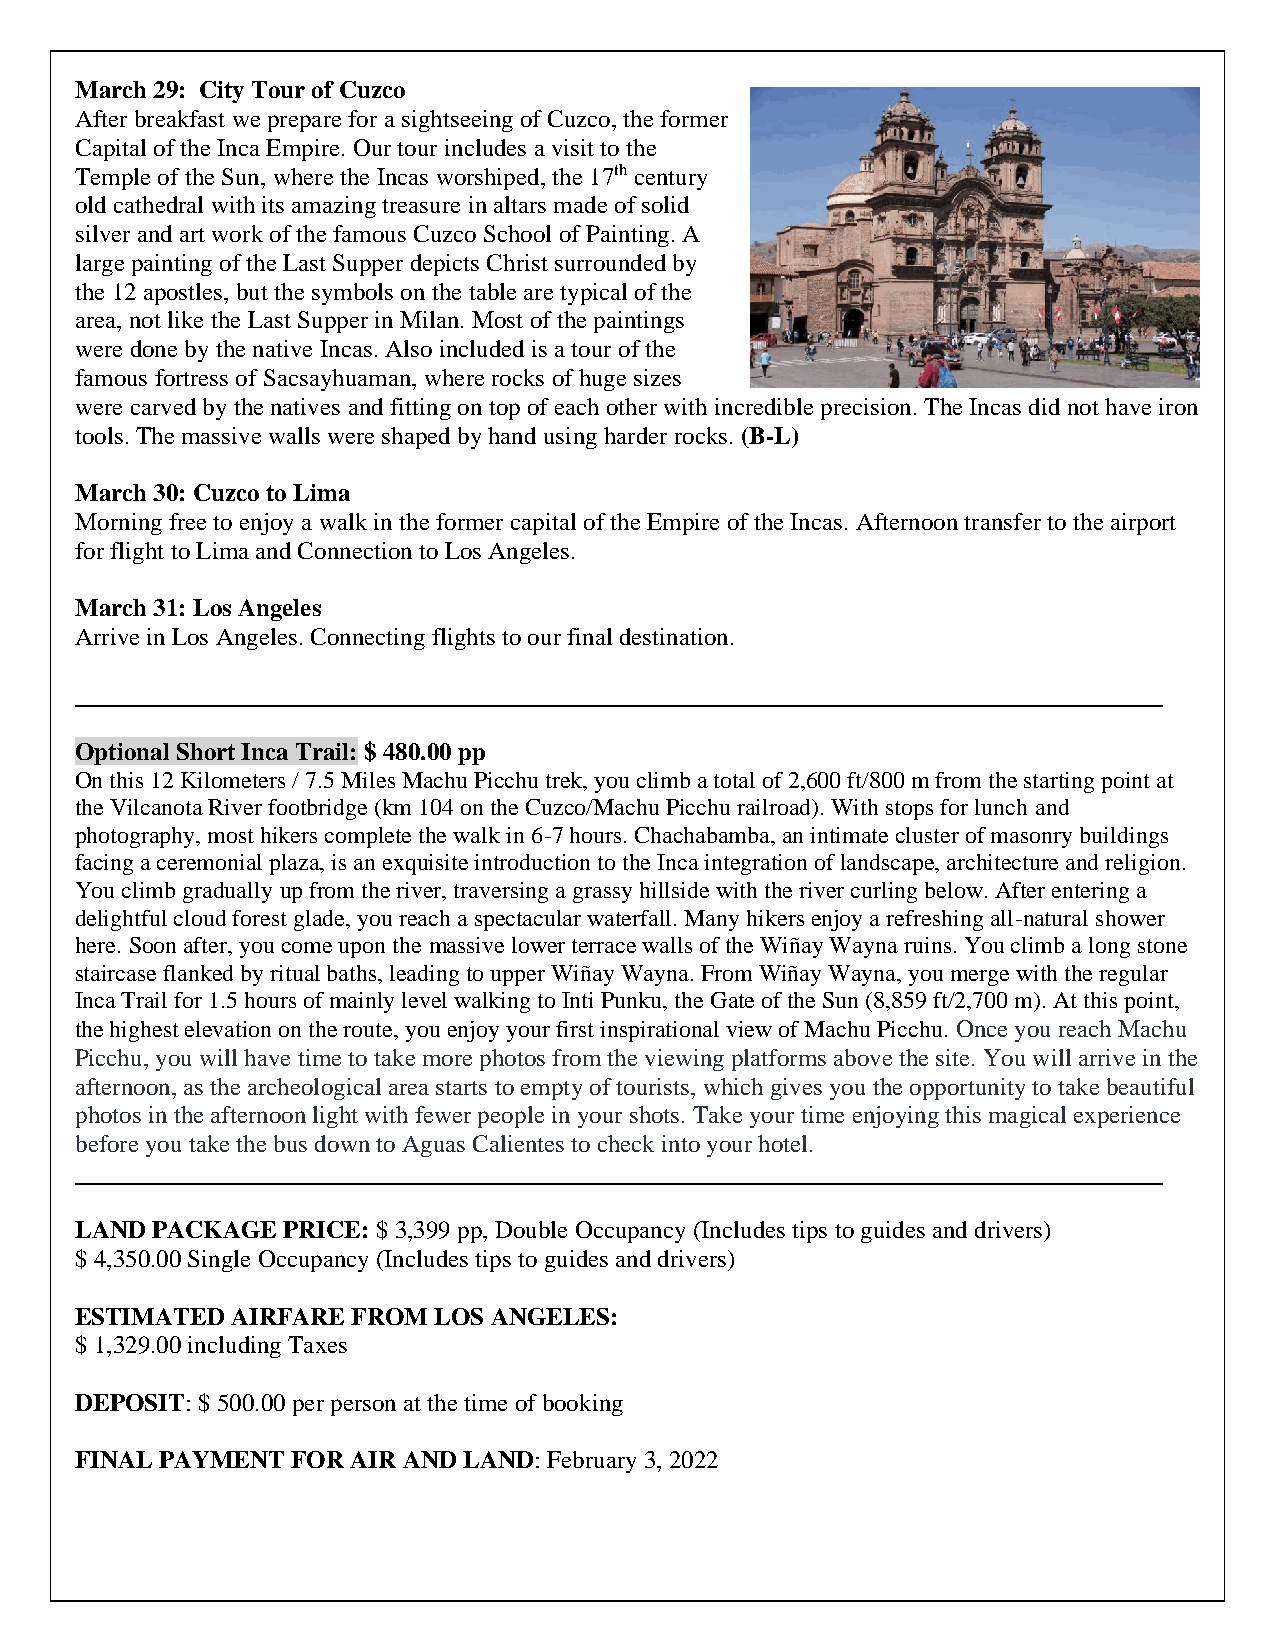
March 29: City Tour of Cuzco
 After breakfast we prepare for a sightseeing of Cuzco, the former
 Capital of the Inca Empire. Our tour includes a visit to the
 Temple of the Sun, where the Incas worshiped, the 17th century
 old cathedral with its amazing treasure in altars made of solid
 silver and art work of the famous Cuzco School of Painting. A
 large painting of the Last Supper depicts Christ surrounded by
 the 12 apostles, but the symbols on the table are typical of the
 area, not like the Last Supper in Milan. Most of the paintings
 were done by the native Incas. Also included is a tour of the
 famous fortress of Sacsayhuaman, where rocks of huge sizes
 were carved by the natives and fitting on top of each other with incredible precision. The Incas did not have iron
 tools. The massive walls were shaped by hand using harder rocks. (B-L)
 March 30: Cuzco to Lima
 Morning free to enjoy a walk in the former capital of the Empire of the Incas. Afternoon transfer to the airport
 for flight to Lima and Connection to Los Angeles.
 March 31: Los Angeles
 Arrive in Los Angeles. Connecting flights to our final destination.
 Optional Short Inca Trail: $ 480.00 pp
 On this 12 Kilometers / 7.5 Miles Machu Picchu trek, you climb a total of 2,600 ft/800 m from the starting point at
 the Vilcanota River footbridge (km 104 on the Cuzco/Machu Picchu railroad). With stops for lunch and
 photography, most hikers complete the walk in 6-7 hours. Chachabamba, an intimate cluster of masonry buildings
 facing a ceremonial plaza, is an exquisite introduction to the Inca integration of landscape, architecture and religion.
 You climb gradually up from the river, traversing a grassy hillside with the river curling below. After entering a
 delightful cloud forest glade, you reach a spectacular waterfall. Many hikers enjoy a refreshing all-natural shower
 here. Soon after, you come upon the massive lower terrace walls of the Wiñay Wayna ruins. You climb a long stone
 staircase flanked by ritual baths, leading to upper Wiñay Wayna. From Wiñay Wayna, you merge with the regular
 Inca Trail for 1.5 hours of mainly level walking to Inti Punku, the Gate of the Sun (8,859 ft/2,700 m). At this point,
 the highest elevation on the route, you enjoy your first inspirational view of Machu Picchu. Once you reach Machu
 Picchu, you will have time to take more photos from the viewing platforms above the site. You will arrive in the
 afternoon, as the archeological area starts to empty of tourists, which gives you the opportunity to take beautiful
 photos in the afternoon light with fewer people in your shots. Take your time enjoying this magical experience
 before you take the bus down to Aguas Calientes to check into your hotel.
 LAND PACKAGE  PRICE: $ 3,399 pp, Double Occupancy (Includes tips to guides and drivers)
 $ 4,350.00 Single Occupancy (Includes tips to guides and drivers)
 ESTIMATED AIRFARE FROM  LOS ANGELES:
 $ 1,329.00 including Taxes
 DEPOSIT: $ 500.00 per person at the time of booking
 FINAL PAYMENT FOR AIR AND LAND: February 3, 2022